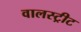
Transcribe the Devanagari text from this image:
वालस्ट्रीट